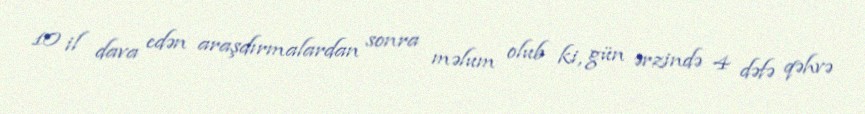
10 il dava edən araşdırmalardan sonra məlum olub ki, gün ərzində 4 dəfə qəhvə